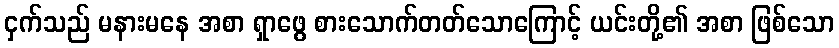
ငှက်သည် မနားမနေ အစာ ရှာဖွေ စားသောက်တတ်သောကြောင့် ယင်းတို့၏ အစာ ဖြစ်သော